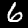
Label: 6